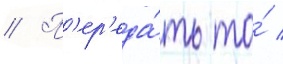
// П'ер'еда́ть то́ /